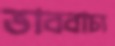
ভাববাচ্য